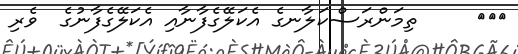
١٣٤     ތިމަންރަސްކަލާނގެ އެކަލޭގެފާނާއި އެކަލޭގެފާނުގެ  ވެރި